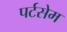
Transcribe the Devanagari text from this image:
पर्टसेम